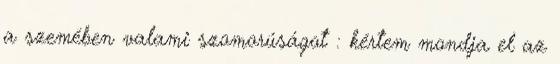
a szemében valami szomorúságot : kértem mondja el az